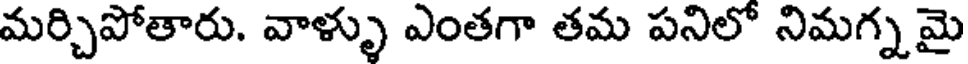
మర్చిపోతారు. వాళ్ళు ఎంతగా తమ పనిలో నిమగ్నమై